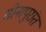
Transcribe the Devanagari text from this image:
सोनापुरांत